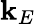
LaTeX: \mathbf{k}_{E}